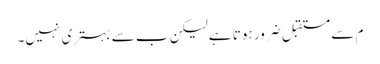
م سے مستقبل ضرور ہوتا ہے لیکن ب سے بہتری نہیں۔